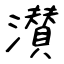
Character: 濽